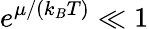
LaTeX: e^{\mu/(k_{B}T)}\ll 1